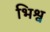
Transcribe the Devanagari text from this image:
भिश्व